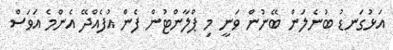
އަޅުގަނޑު ބުނެލަން ބޭނުން ވަނީ މި ޕްލާންޓުން ފެން އުފެއްދޭ އެންމެ އަވަސް